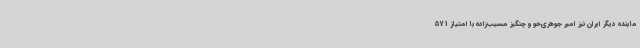
ماینده دیگر ایران نیز امیر جوهری‌خو و چنگیز مسیب‌زاده با امتیاز 571